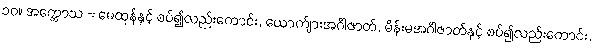
၁၀။ အက္ကောသ = မေထုန်နှင့် စပ်၍လည်းကောင်း, ယောက်ျားအင်္ဂါဇာတ်, မိန်းမအင်္ဂါဇာတ်နှင့် စပ်၍လည်းကောင်း,